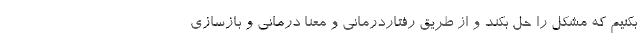
بکنیم که مشکل را حل بکند و از طریق رفتاردرمانی و معنا درمانی و بازسازی